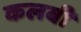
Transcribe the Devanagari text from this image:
कलबी